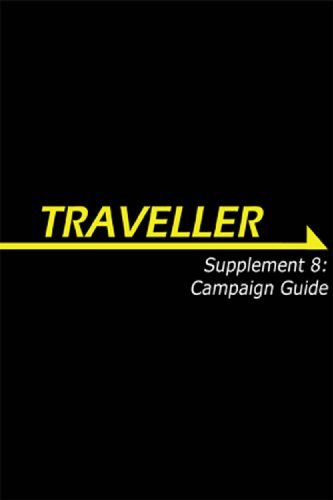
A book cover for Supplement 9: Campaign Guide; August Hahn; Science Fiction & Fantasy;